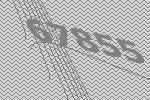
67855